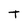
Character: T